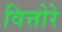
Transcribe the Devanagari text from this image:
वित्तोरे